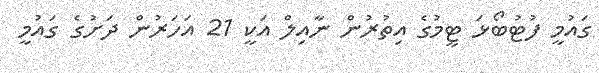
ގައުމީ ފުޓުބޯޅަ ޓީމުގެ އިތުރުން ނާއިލް އަކީ 21 އަހަރުން ދަށުގެ ގައުމީ